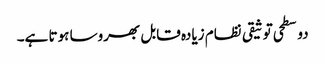
دو سطحی توثیقی نظام زیادہ قابل بھروسا ہوتا ہے۔